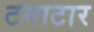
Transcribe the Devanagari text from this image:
टमाटार